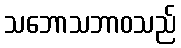
သဘောသဘာဝသည်